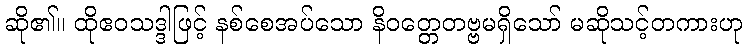
ဆို၏။ ထိုဧဝသဒ္ဒါဖြင့် နစ်စေအပ်သော နိဝတ္တေတဗ္ဗမရှိသော် မဆိုသင့်တကားဟု